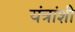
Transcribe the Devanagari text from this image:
यंत्रांशी